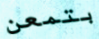
بتمعن